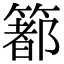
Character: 𥳉